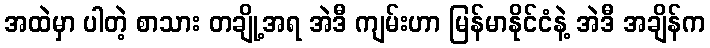
အထဲမှာ ပါတဲ့ စာသား တချို့အရ အဲဒီ ကျမ်းဟာ မြန်မာနိုင်ငံနဲ့ အဲဒီ အချိန်က